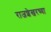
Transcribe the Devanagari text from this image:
राजशेखरच्या